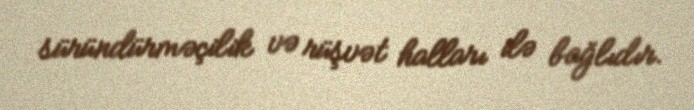
süründürməçilik və rüşvət halları ilə bağlıdır.